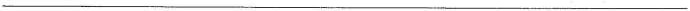
___